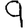
Digit: 9